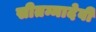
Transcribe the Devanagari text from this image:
सीतम्मादेवी